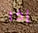
إذا